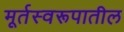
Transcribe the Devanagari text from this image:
मूर्तस्वरूपातील